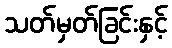
သတ်မှတ်ခြင်းနှင့်